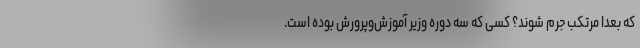
که بعداً مرتکب جرم شوند؟ کسی که سه دوره وزیر آموزش‌وپرورش بوده است.